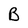
Character: B